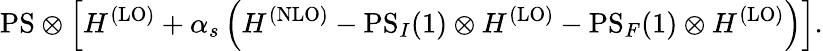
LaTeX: \mathrm{{PS}}\otimes\left[H^{\mathrm{(LO)}}+\alpha_{s}\left(H^{\mathrm{{(NLO)}}}-{\mathrm{PS}}_{I}(1)\otimes H^{\mathrm{(LO)}}-{\mathrm{PS}}_{F}(1)\otimes H^{\mathrm{(LO)}}\right)\right].